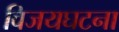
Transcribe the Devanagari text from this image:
विजयघटना